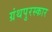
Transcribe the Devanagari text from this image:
ग्रंथपुरस्कार